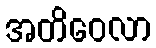
အတိဝေလာ